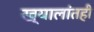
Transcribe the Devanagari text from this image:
ख्यालांतही